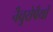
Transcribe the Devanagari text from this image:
नैचुरोपैथी